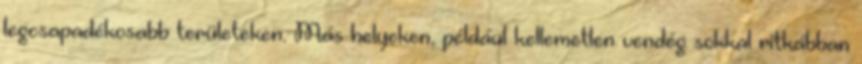
legcsapadékosabb területeken. Más helyeken, például kellemetlen vendég sokkal ritkábban